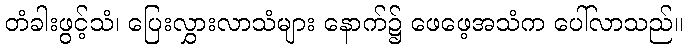
တံခါးဖွင့်သံ၊ ပြေးလွှားလာသံများ နောက်၌ ဖေဖေ့အသံက ပေါ်လာသည်။